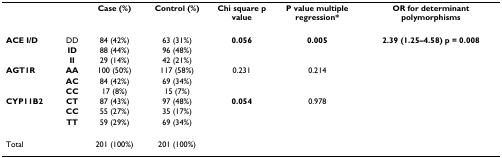
|  |  | Case (%) | Control (%) | Chi square p value | P value multiple regression* | OR for determinant polymorphisms |
 | --- | --- | --- | --- | --- | --- | --- |
 | ACE I/D | DD | 84 (42%) | 63 (31%) | 0.056 | 0.005 | 2.39 (1.25–4.58) p = 0.008 |
 |  | ID | 88 (44%) | 96 (48%) |  |  |  |
 |  | II | 29 (14%) | 42 (21%) |  |  |  |
 | AGT1R | AA | 100 (50%) | 117 (58%) | 0.231 | 0.214 |  |
 |  | AC | 84 (42%) | 69 (34%) |  |  |  |
 |  | CC | 17 (8%) | 15 (7%) |  |  |  |
 | CYP11B2 | CT | 87 (43%) | 97 (48%) | 0.054 | 0.978 |  |
 |  | CC | 55 (27%) | 35 (17%) |  |  |  |
 |  | TT | 59 (29%) | 69 (34%) |  |  |  |
 | <COLSPAN=2> Total | 201 (100%) | 201 (100%) |  |  |  |